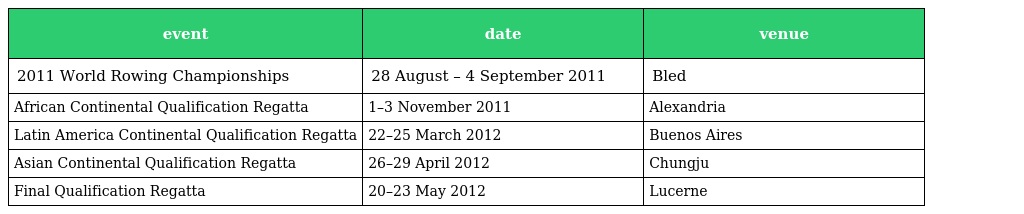
| event | date | venue |
 | --- | --- | --- |
 | 2011 World Rowing Championships | 28 August – 4 September 2011 | Bled |
 | African Continental Qualification Regatta | 1–3 November 2011 | Alexandria |
 | Latin America Continental Qualification Regatta | 22–25 March 2012 | Buenos Aires |
 | Asian Continental Qualification Regatta | 26–29 April 2012 | Chungju |
 | Final Qualification Regatta | 20–23 May 2012 | Lucerne |